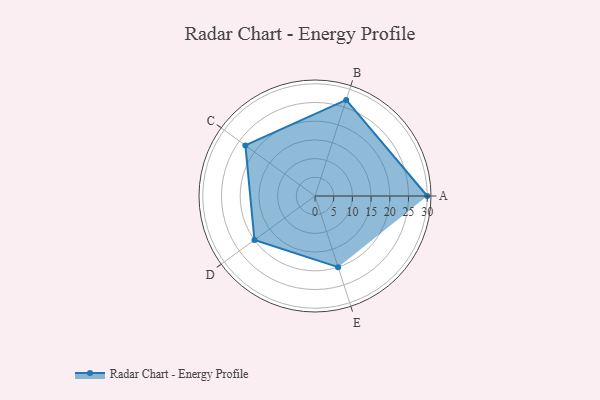
{"axis": {"x": "Skill", "y": "Score"}, "legend": ["Profile"], "data": [{"x": "A", "y": 30.0, "type": "Profile"}, {"x": "B", "y": 27.0, "type": "Profile"}, {"x": "C", "y": 23.0, "type": "Profile"}, {"x": "D", "y": 20, "type": "Profile"}, {"x": "E", "y": 20, "type": "Profile"}]}